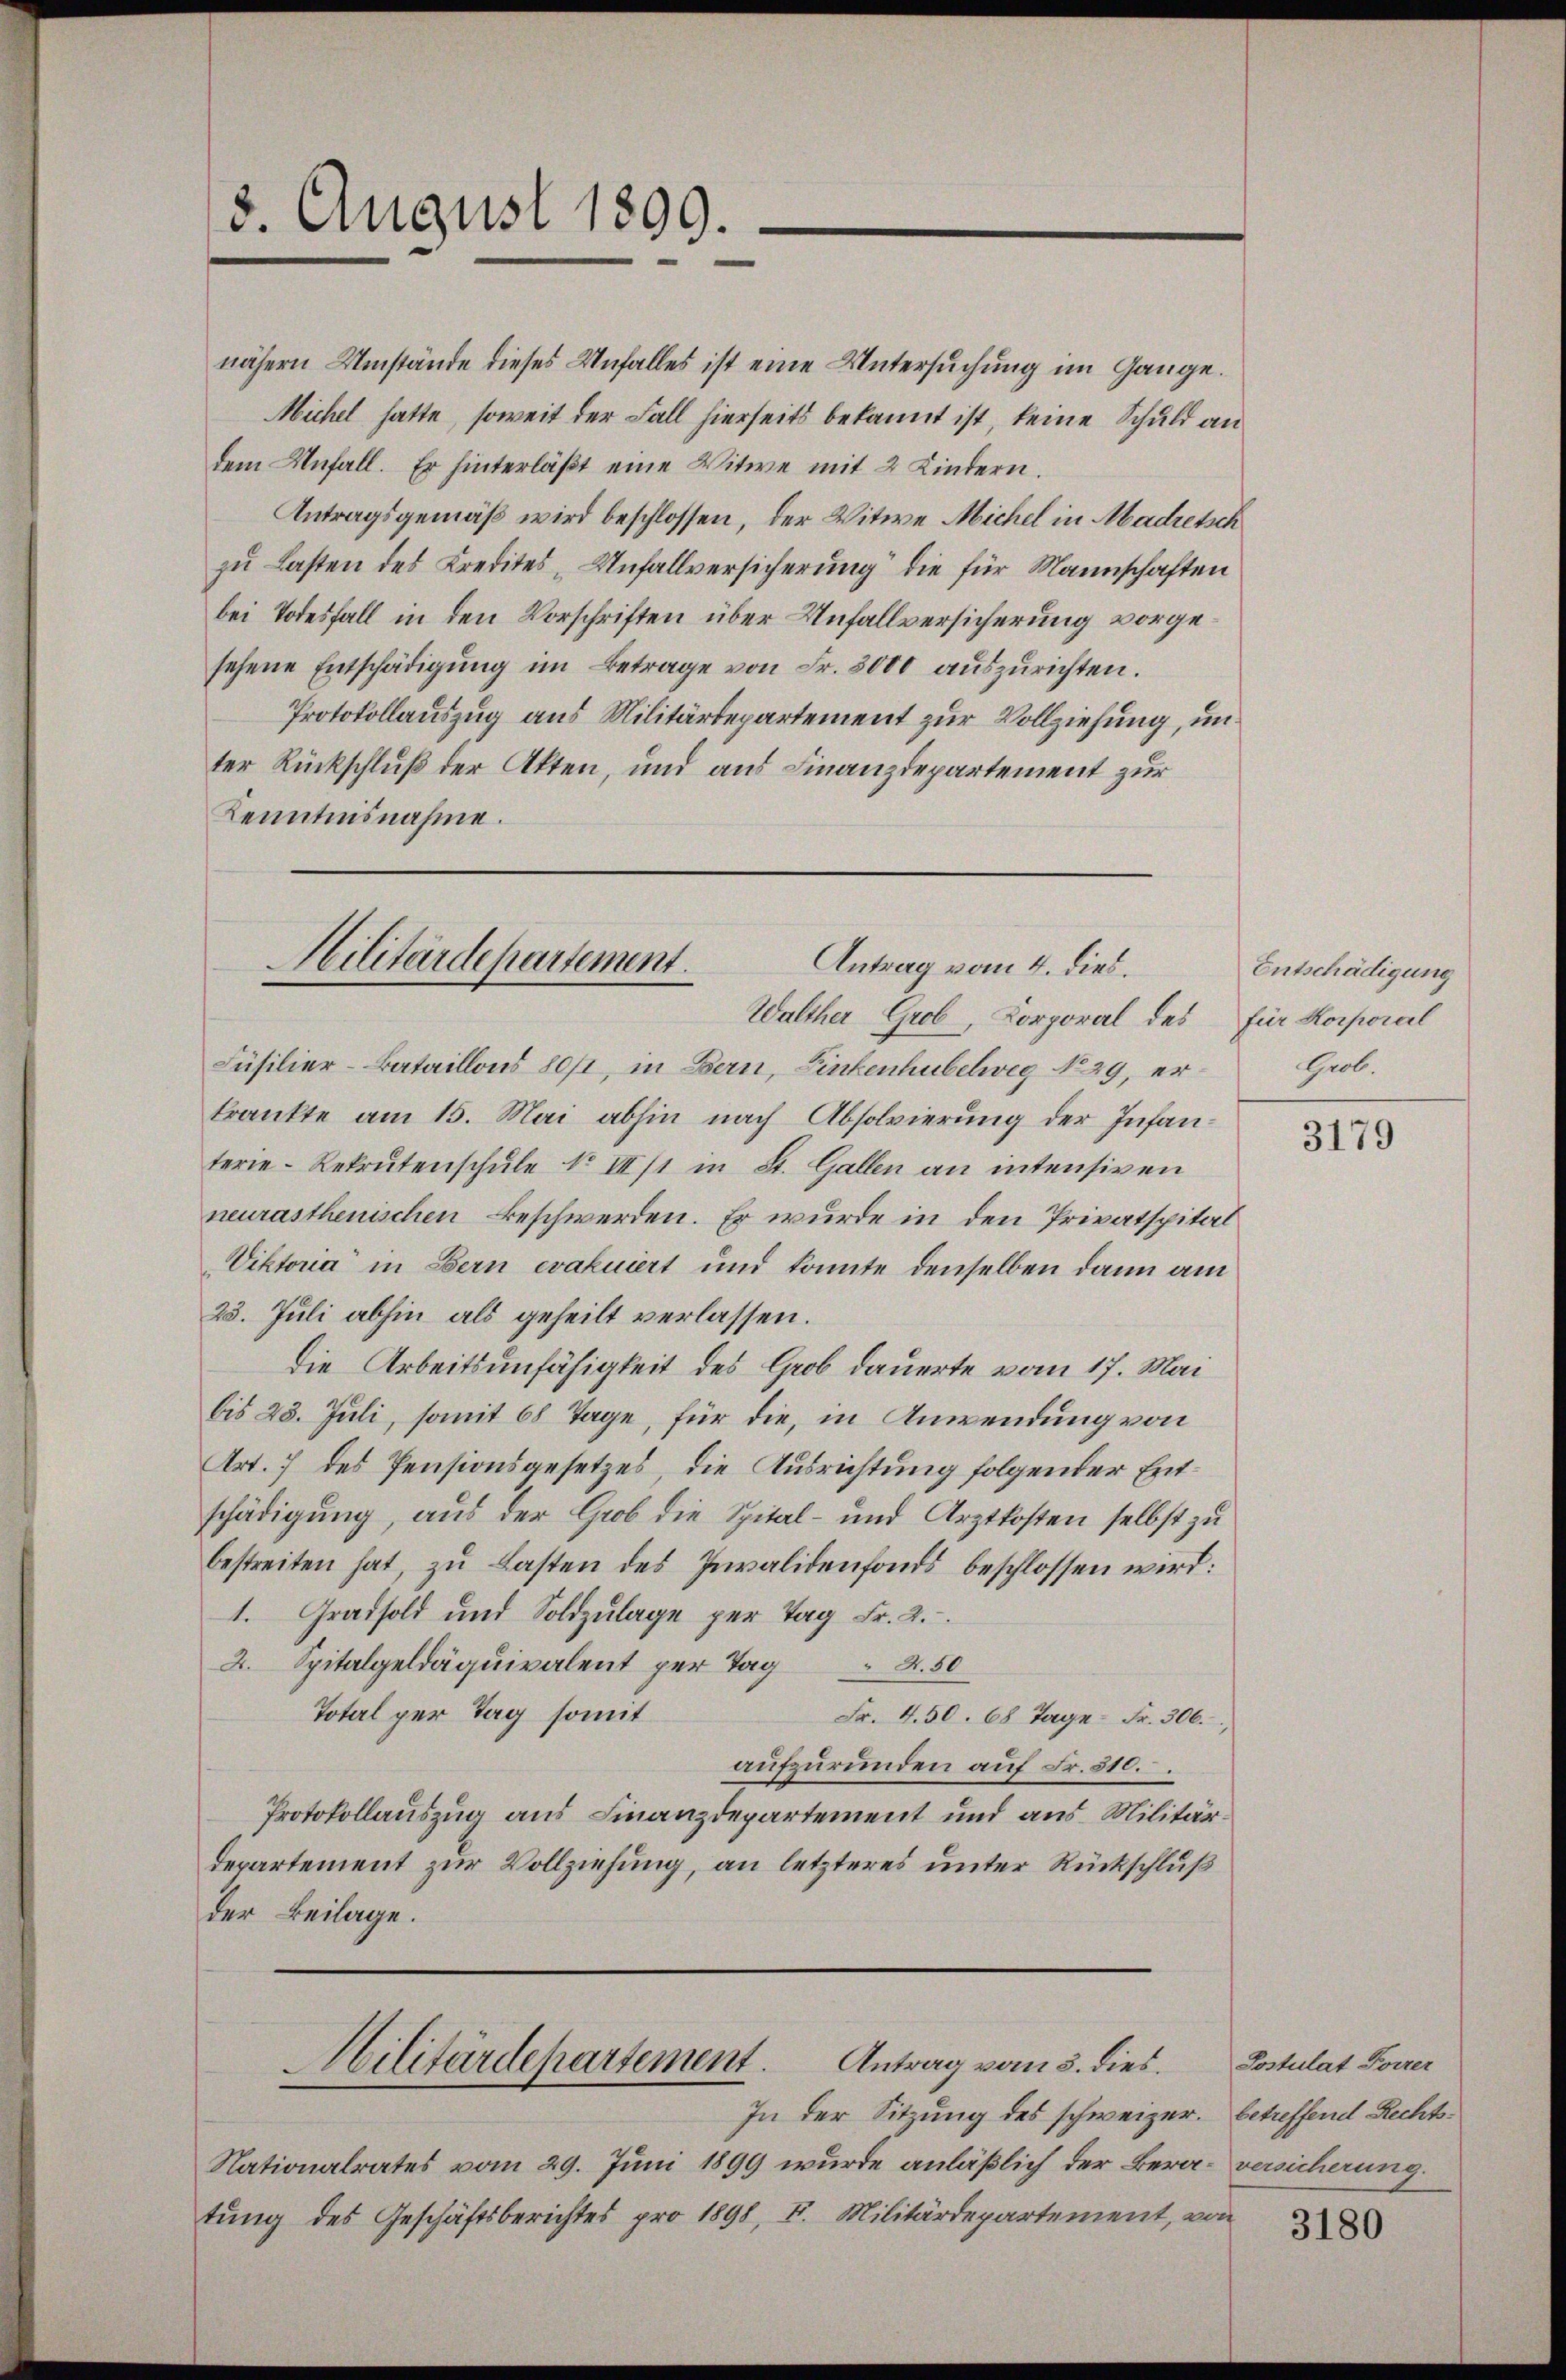
3. August 1809.

nähern Umstände dieses Unfalles ist eine Untersuchung im Gange.
Michel hatte, soweit der Fall hierseits bekannt ist, keine Schuld an
dem Unfall. Er hinterläβt eine Witwe mit 2 Kindern.
Antragsgemäß wird beschlossen, der Witwe Michel in Madretsch
zŭ Lasten des Kredites Unfallversicherung die für Mannschaften
bei Todesfall in den Vorschriften über Unfallversicherung vorgesehene Entschädigŭng im Betrage von Fr. 3000 aŭszŭrichten.
Protokollauszug aus Militärdepartement zur Vollziehung, unter Rückschluß der Akten, und aus Finanzdepartement zur
Kenntnisnahme.

Walther Grob, Korporal des für Korporal
Füsilier-Bataillons 80/1, in Bern, Finkenhubelweg No 29, erkrankte am 15. Mai abhin nach Absolvierung der Infanterie-Rekrutenschule No III/1 in St. Gallen an intensiven
neurasthenischen Beschwerden. Er wurde in den Privatspital
Viktoria in Bern evakuiert und konnte denselben dann am
23. Juli abhin als geheilt verlassen.
die Arbeitsunfähigkeit des Grob dauerte vom 17. Mai
bis 23. Juli, somit 68 Tage, für die, in Anwendung von
Art. 7 des Pensionsgesetzes, die Ausrichtung folgender Entschädigung, aus der Grob die Spital- und Arztkosten selbst zu
bestreiten hat, zu Lasten des Invalidenfonds beschlossen wird:
1. Grafsold und Soldzulage per Tag Fr. 2.
2. Spitalgeldäquivalent per Tag 4. 50
Total per Tag somit
Fr. 4. 50. 68 Tage Fr. 306.
aufzurunden auf Fr. 510.
Protokollauszug aus Finanzdepartement und aus Militärdepartement zur Vollziehung, an letzteres unter Rückschluß
der Beilage.
Militärdepartement. Antrag vom 3. dies. Postulat Forrer
In der Sitzung des schweizer. betreffend Rechts¬
Nationalrates vom 29. Juni 1899 wurde anläßlich der Bern versicherung
tung des Geschäftsberichtes pro 1898, F. Militärdepartement, von

Militärdepartement.
Antrag vom 4. Dieb.

Entschädigung
Grob.

3179

3180